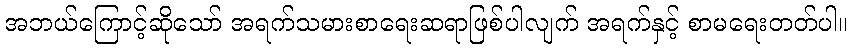
အဘယ်ကြောင့်ဆိုသော် အရက်သမားစာရေးဆရာဖြစ်ပါလျက် အရက်နှင့် စာမရေးတတ်ပါ။